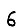
Digit: 6